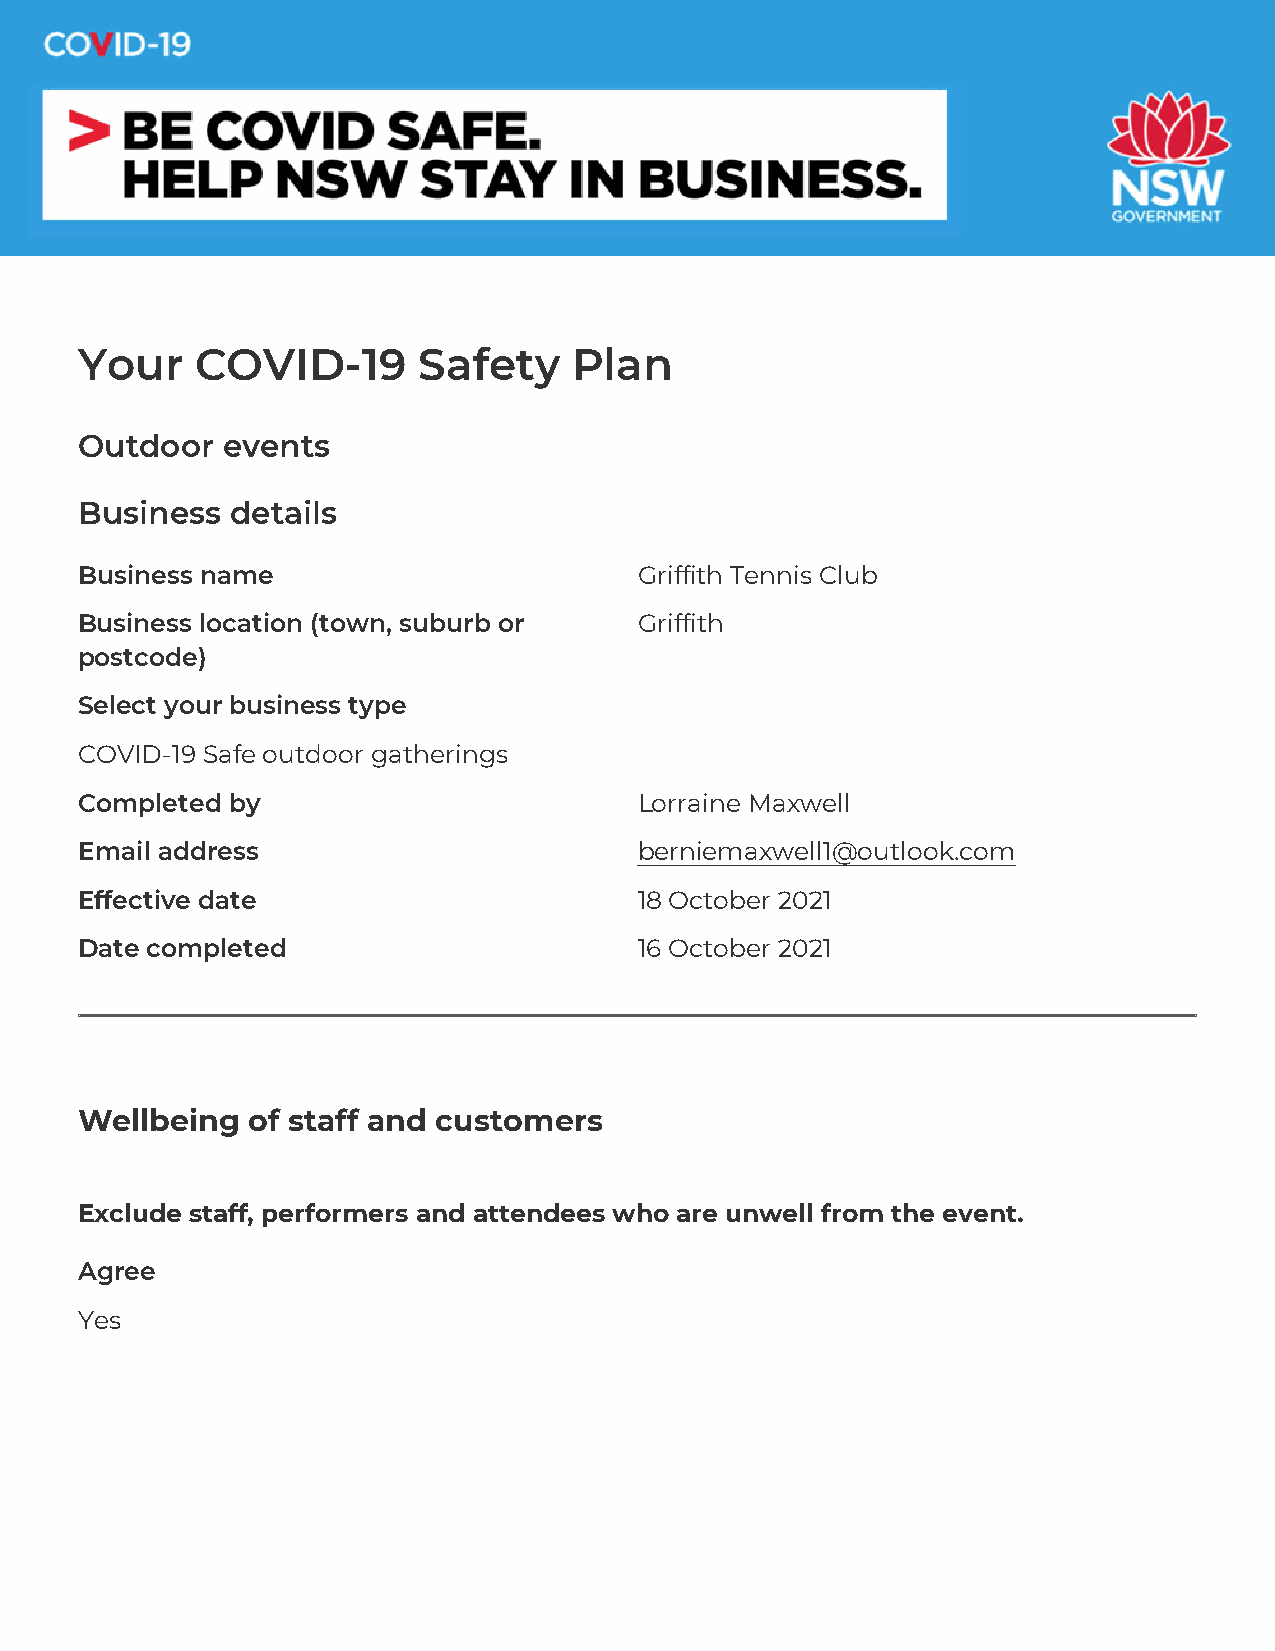
Your    COVID-19       Safety    Plan
 Outdoor   events
 Business  details
 Business name                        Griffith Tennis Club
 Business location (town, suburb or   Griffith
 postcode)
 Select your business type
 COVID-19 Safe outdoor gatherings
 Completed by                         Lorraine Maxwell
 Email address                        berniemaxwell1@outlook.com
 Effective date                       18 October 2021
 Date completed                       16 October 2021
 Wellbeing  of staff and customers
 Exclude staff, performers and attendees who are unwell from the event.
 Agree
 Yes